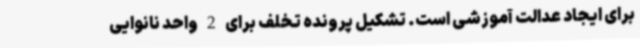
برای ایجاد عدالت آموزشی است. تشکیل پرونده تخلف برای 2 واحد نانوایی